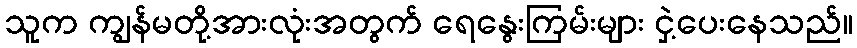
သူက ကျွန်မတို့အားလုံးအတွက် ရေနွေးကြမ်းများ ငှဲ့ပေးနေသည်။